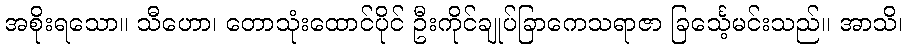
အစိုးရသော။ သီဟော၊ တောသုံးထောင်ပိုင် ဦးကိုင်ချုပ်ခြာကေသရာဇာ ခြင်္သေ့မင်းသည်။ အာသိ၊